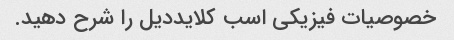
خصوصیات فیزیکی اسب کلایددیل را شرح دهید.